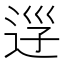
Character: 𨒰